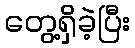
တွေ့ရှိခဲ့ပြီး